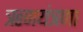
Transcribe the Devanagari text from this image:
ऋणयंत्रणा